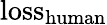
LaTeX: {\mathrm{loss}}_{\mathrm{human}}